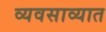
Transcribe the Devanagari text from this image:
व्यवसाव्यात